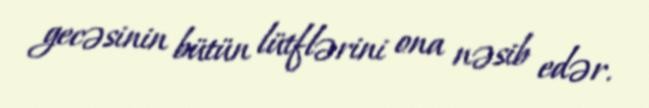
gecəsinin bütün lütflərini ona nəsib edər.